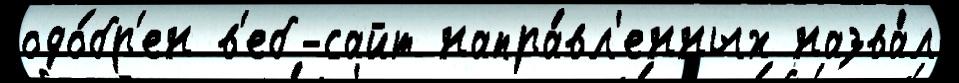
одо́бр'ен в'еб-сайт напра́вл'енных назва́л